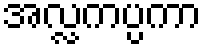
အလ္လကပ္ပကာ